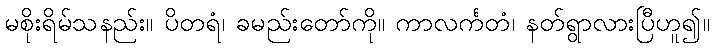
မစိုးရိမ်သနည်း။ ပိတရံ၊ ခမည်းတော်ကို။ ကာလင်္ကတံ၊ နတ်ရွာလားပြီဟူ၍။